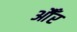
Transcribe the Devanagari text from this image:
औँर